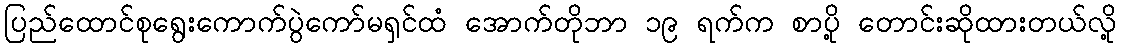
ပြည်ထောင်စုရွေးကောက်ပွဲကော်မရှင်ထံ အောက်တိုဘာ ၁၉ ရက်က စာပို့ တောင်းဆိုထားတယ်လို့